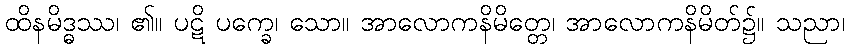
ထိနမိဒ္ဓဿ၊ ၏။ ပဋိ ပက္ခေ၊ သော။ အာလောကနိမိတ္တေ၊ အာလောကနိမိတ်၌။ သညာ၊